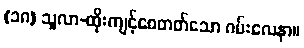
(၁၈) သူလာ-ထိုးကျင့်စေတတ်သော ဂမ်းလေနာ။